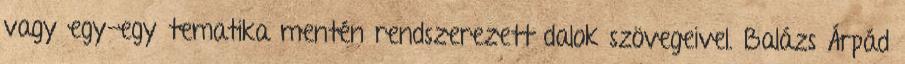
vagy egy-egy tematika mentén rendszerezett dalok szövegeivel. Balázs Árpád